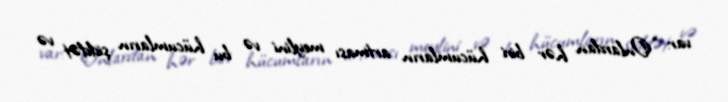
var: “Onlardan hər biri hücumların artması meylini və bu hücumların şiddət və